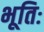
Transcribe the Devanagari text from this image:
भूतिः